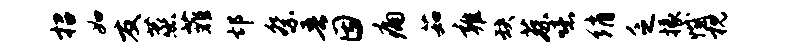
招如友蒸菲邙祭吾因痛茹雍缺蔡噫绡乏掾憾枕